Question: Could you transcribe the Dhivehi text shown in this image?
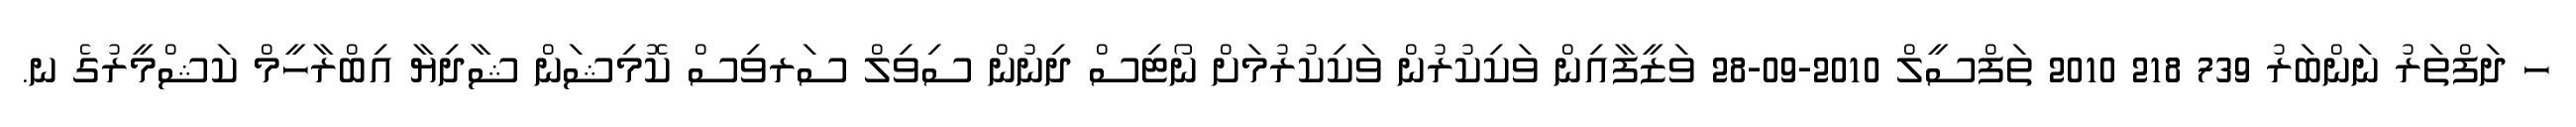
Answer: ހ ދަފްތަރު ނަންބަރު 739 218 2010 ތަފްސީލް 2010-09-28 ވަޒީފާއިން ވަކިކުރުން ވަކިކުރުމަށް ނޯޓިސް ދިނުން ސިވިލް ސަރވިސް ކޮމިޝަން ޝާދިޔާ އިބްރާހީމް ކަޝްމީރުގެ ނ.